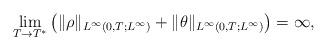
LaTeX: \begin{align*}\lim_{T\rightarrow T^{*}}\left(\|\rho\|_{L^\infty(0,T;L^\infty)}+\|\theta\|_{L^\infty(0,T;L^\infty)}\right)=\infty,\end{align*}